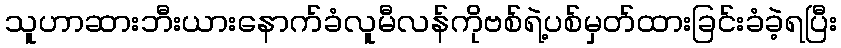
သူဟာဆားဘီးယားနောက်ခံလူမီလန်ကိုဗစ်ရဲ့ပစ်မှတ်ထားခြင်းခံခဲ့ရပြီး